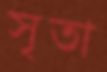
সৃতা